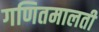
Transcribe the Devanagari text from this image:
गणितमालती